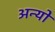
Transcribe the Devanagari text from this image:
अन्‍यों